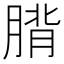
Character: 𮌡